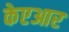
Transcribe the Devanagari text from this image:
केएआर